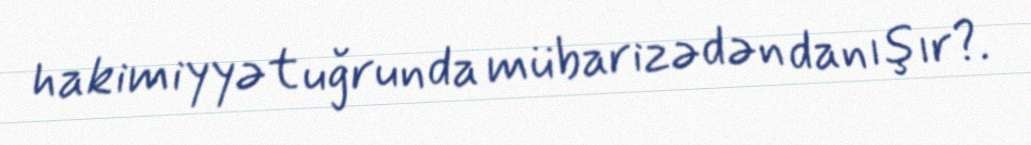
hakimiyyət uğrunda mübarizədən danışır?.